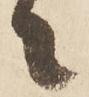
々